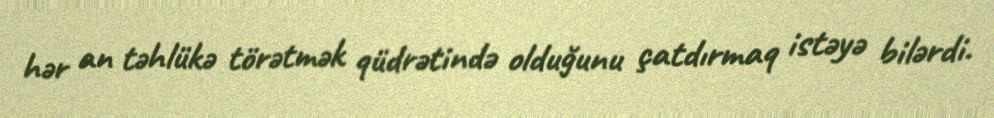
hər an təhlükə törətmək qüdrətində olduğunu çatdırmaq istəyə bilərdi.